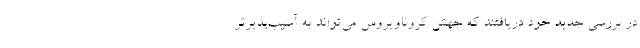
در بررسی جدید خود دریافتند که جهش کروناویروس می‌تواند به آسیب‌پذیرتر